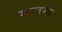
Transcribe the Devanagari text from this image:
मातमा